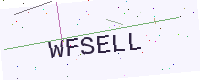
Text: WFSELL